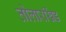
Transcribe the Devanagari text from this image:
तोलारखिंड